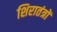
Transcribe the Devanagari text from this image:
शिरातंत्रों